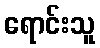
ရောင်းသူ